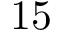
1 5